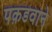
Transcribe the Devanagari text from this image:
पक़डवाने